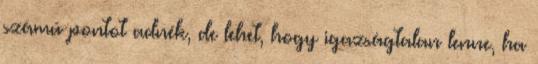
számú pontot adnék, de lehet, hogy igazságtalan lenne, ha